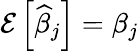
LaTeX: \operatorname{\mathcal{E}}\left[{\widehat{{\beta}}}_{j}\right]=\beta_{j}